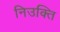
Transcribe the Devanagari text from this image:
निउक्ति